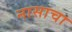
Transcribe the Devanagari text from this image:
नासाचा